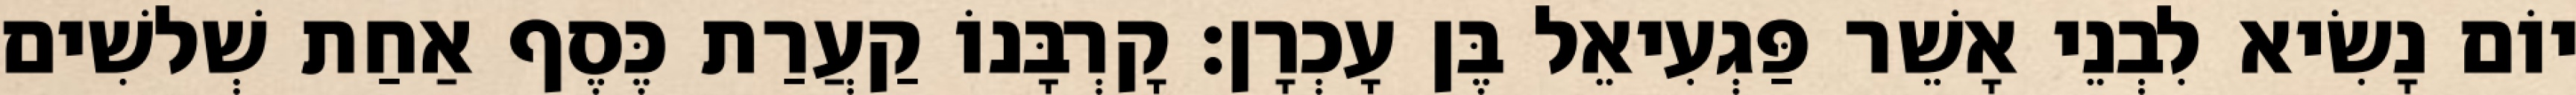
יוֹם נָשִׂיא לִבְנֵי אָשֵׁר פַּגְעִיאֵל בֶּן עָכְרָן׃ קָרְבָּנוֹ קַעֲרַת כֶּסֶף אַחַת שְׁלשִׁים